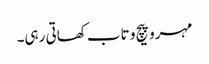
مہرو پیچ و تاب کھاتی رہی۔